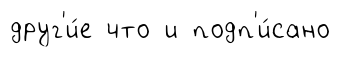
друг'и́е что и подп'и́сано